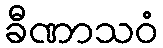
ခီဏာသဝံ